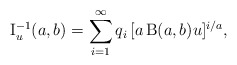
\begin{align*}\operatorname{I}^{-1}_{u}(a,b)=\sum_{i=1}^{\infty}q_i\,[a\operatorname{B}(a,b) u]^{i/a},\end{align*}